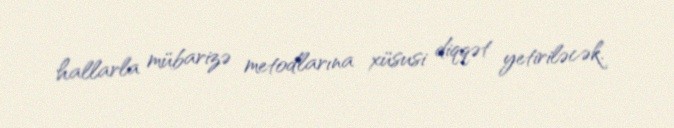
hallarla mübarizə metodlarına xüsusi diqqət yetiriləcək.